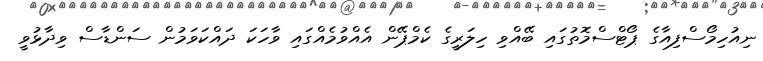
ނިއުހިމޯސްފިއާގެ ޕޯޓްސްމޮތުގައި ބޭއްވި ހިލަރީގެ ކެމްޕޭން އެއްވުމެއްގައި ވާހަކަ ދައްކަވަމުން ސަންޑާސް ވިދާޅުވީ